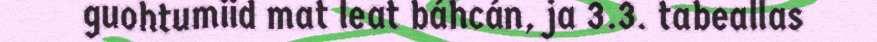
guohtumiid mat leat báhcán, ja 3.3. tabeallas